Leaving Certificate, 1898
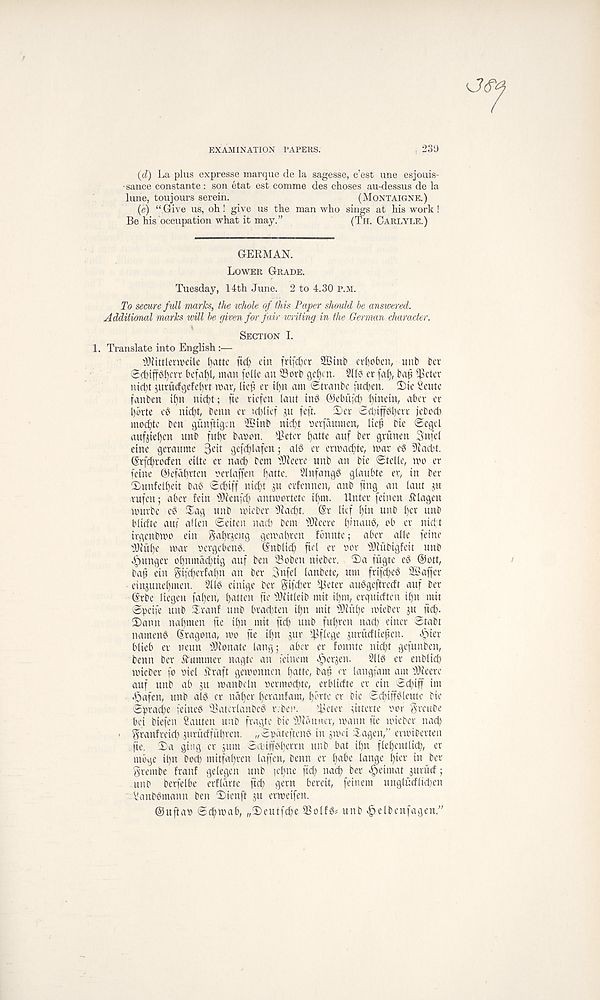
EXAMINATION TAPERS.
, 239
(d) La plus expresse marque de la sagesse, c’est une esjouis-
• sauce constante : son etat est comme des choses au-dessus de la
lune, toujours serein.
(MONTAIGNE.)
(e) “ Give us, oh! give us the man who sings at his work!
Be his occupation what it may.”
(TH. CARLYLE.)
GEBMAN.
LOWER GRADE.
Tuesday, 14th June. 2 to 4.30 P.M.
To semre full marks, the whole of this Paper should he answered.
Additional marks will he given for fair writing in the German character.
SECTION L
1. Translate into English :—
iWittlerweile fyatte fid) etn frifdy't 2$tnb erf)oben, unb bet
©dbtjfaffcvt befall, man folic an Sorb gel)cn. Sit? er faj), bap Sctcv
nid;t jurucfgefeprt mar, Hep er tl)n am Stranbe fudben. 2)ie Scute
fan ben ipn niept; fie riefen laut ins ©ebufd) pinein, aber er
1)
brte eg niept, benn er ntlief
feft.
moepte ben gunftigen 2Binb nidpt oerfaumen, Hep bte Segd
aufjiepen unb fupr baoon. Seter patte auf ber griinen Snfel
eine geraume 3tii gefdplafen; alg er ermaepte, mar eg 9iacl>t.
(Srfcprocfen eilte er nat^ bem ifReere unb an bie ©telle, mo er
fetne ©efaprten oerlaffen patte. Slnfangg glaubte er, in ber
2)
unfelpeit bag ©dpiff niept ju erfenne
rufen; aber fetn Sdenfcp antmortete tpm. Unter feinen idlagen
murbe eg Sag unb mteber flfacpt. (Sr lief pin unb per unb
bliefte auf alien ©eiten ngep bem s 3)feere pinaug, ob er niept
irqenbmo ein gaprjeug gemapren fbnnte; aber alle feine
Siiipe mar oergebeng. ©nblicp fiel er nor Sfubigfeit unb
hunger opnmdcptig auf ben Sobeu nieber. ©la fugie eg ®ott,
bap ein ^ifeperfapn an ber 3nfel lanbete, urn frifepeg Staffer
einjunepmen. Sllg einige ber gifdier s 4ider auggeftreeft auf ber
(Srbe liegen fapen, patten fie Ih'itleib mit ipm, erquieften ipn mit
©peife nub Hranf unb braepten ipn mit Siupe mieber ju ftep.
2)ann napmen fie ipn mit ftdp unb fupren nad) etner ©tabt
nameng Gragona, mo fte ipn sur f^flege ^uriicfltepcn. «f)ier
blieb er neun donate lang; aber er fonnte niept gefunben,
benn ber Summer nagte an feinem ^crjen. 2llg er enblicp
mieber fo oiel Sraft gemonnen patte, bap er langfam am fOieere
auf unb ab ju manbcln oermoepte, erbliefte er ein ©cpiff im
^afen, unb alg er ndper peranfam, porte cr bte ©dpiffgleute bie
©praepe feineg Saterlanbeg r-.ben.
Se'ter ^itterte nor Sreube
bci biefen Sauten unb fragte bie Sianner, mann fte mieber nacp
• granfreicp jurueffitpren. „©pdtefteng in jmei Hagen,” ermiberten
fte. ©a ging er jum ©epiffgperrn unb bat ipn flepentlicp, er
mbge ipn bocp mitfapren laffen, benn er pabe lange pier in ber
grembe franf gelegen unb iepne fidp nacp ber «£>eimat auritef;
unb berfelbe erfldrte fiep gem bereit, feinem unglucflkpen
' Sanbgmann ben ‘©ienft $u ermeifen.
©uftao ©dpmab, „H)eutfpe Solfg# unb ^elbenfagen.”